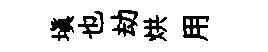
塡也劫烘用